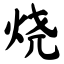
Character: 烧